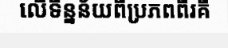
លើទិន្នន័យពីប្រភពពីរគឺ